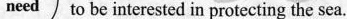
need to be interested in protecting the sea.